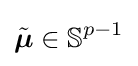
{\tilde {\boldsymbol {\mu }}}\in \mathbb {S} ^{p-1}